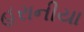
હરાનીયા